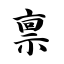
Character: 禀